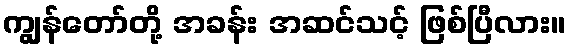
ကျွန်တော်တို့ အခန်း အဆင်သင့် ဖြစ်ပြီလား။